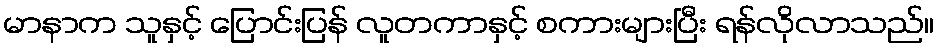
မာနာက သူနှင့် ပြောင်းပြန် လူတကာနှင့် စကားများပြီး ရန်လိုလာသည်။